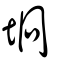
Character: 埛